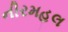
નીરમહલ